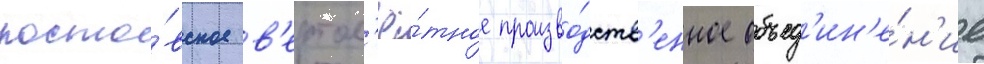
росто́вское в'ертол'ё́тное произво́дств'енное объед'ин'е́н'ие